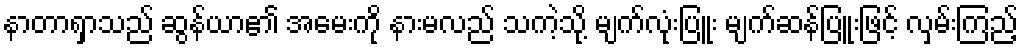
နာတာရှာသည် ဆွန်ယာ၏ အမေးကို နားမလည် သကဲ့သို့ မျက်လုံးပြူး မျက်ဆန်ပြူးဖြင့် လှမ်းကြည့်